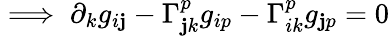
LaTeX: \implies\partial_{k}g_{i\mathbf{j}}-\Gamma_{\mathbf{j}k}^{p}g_{ip}-\Gamma_{ik}^{p}g_{\mathbf{j}p}=0